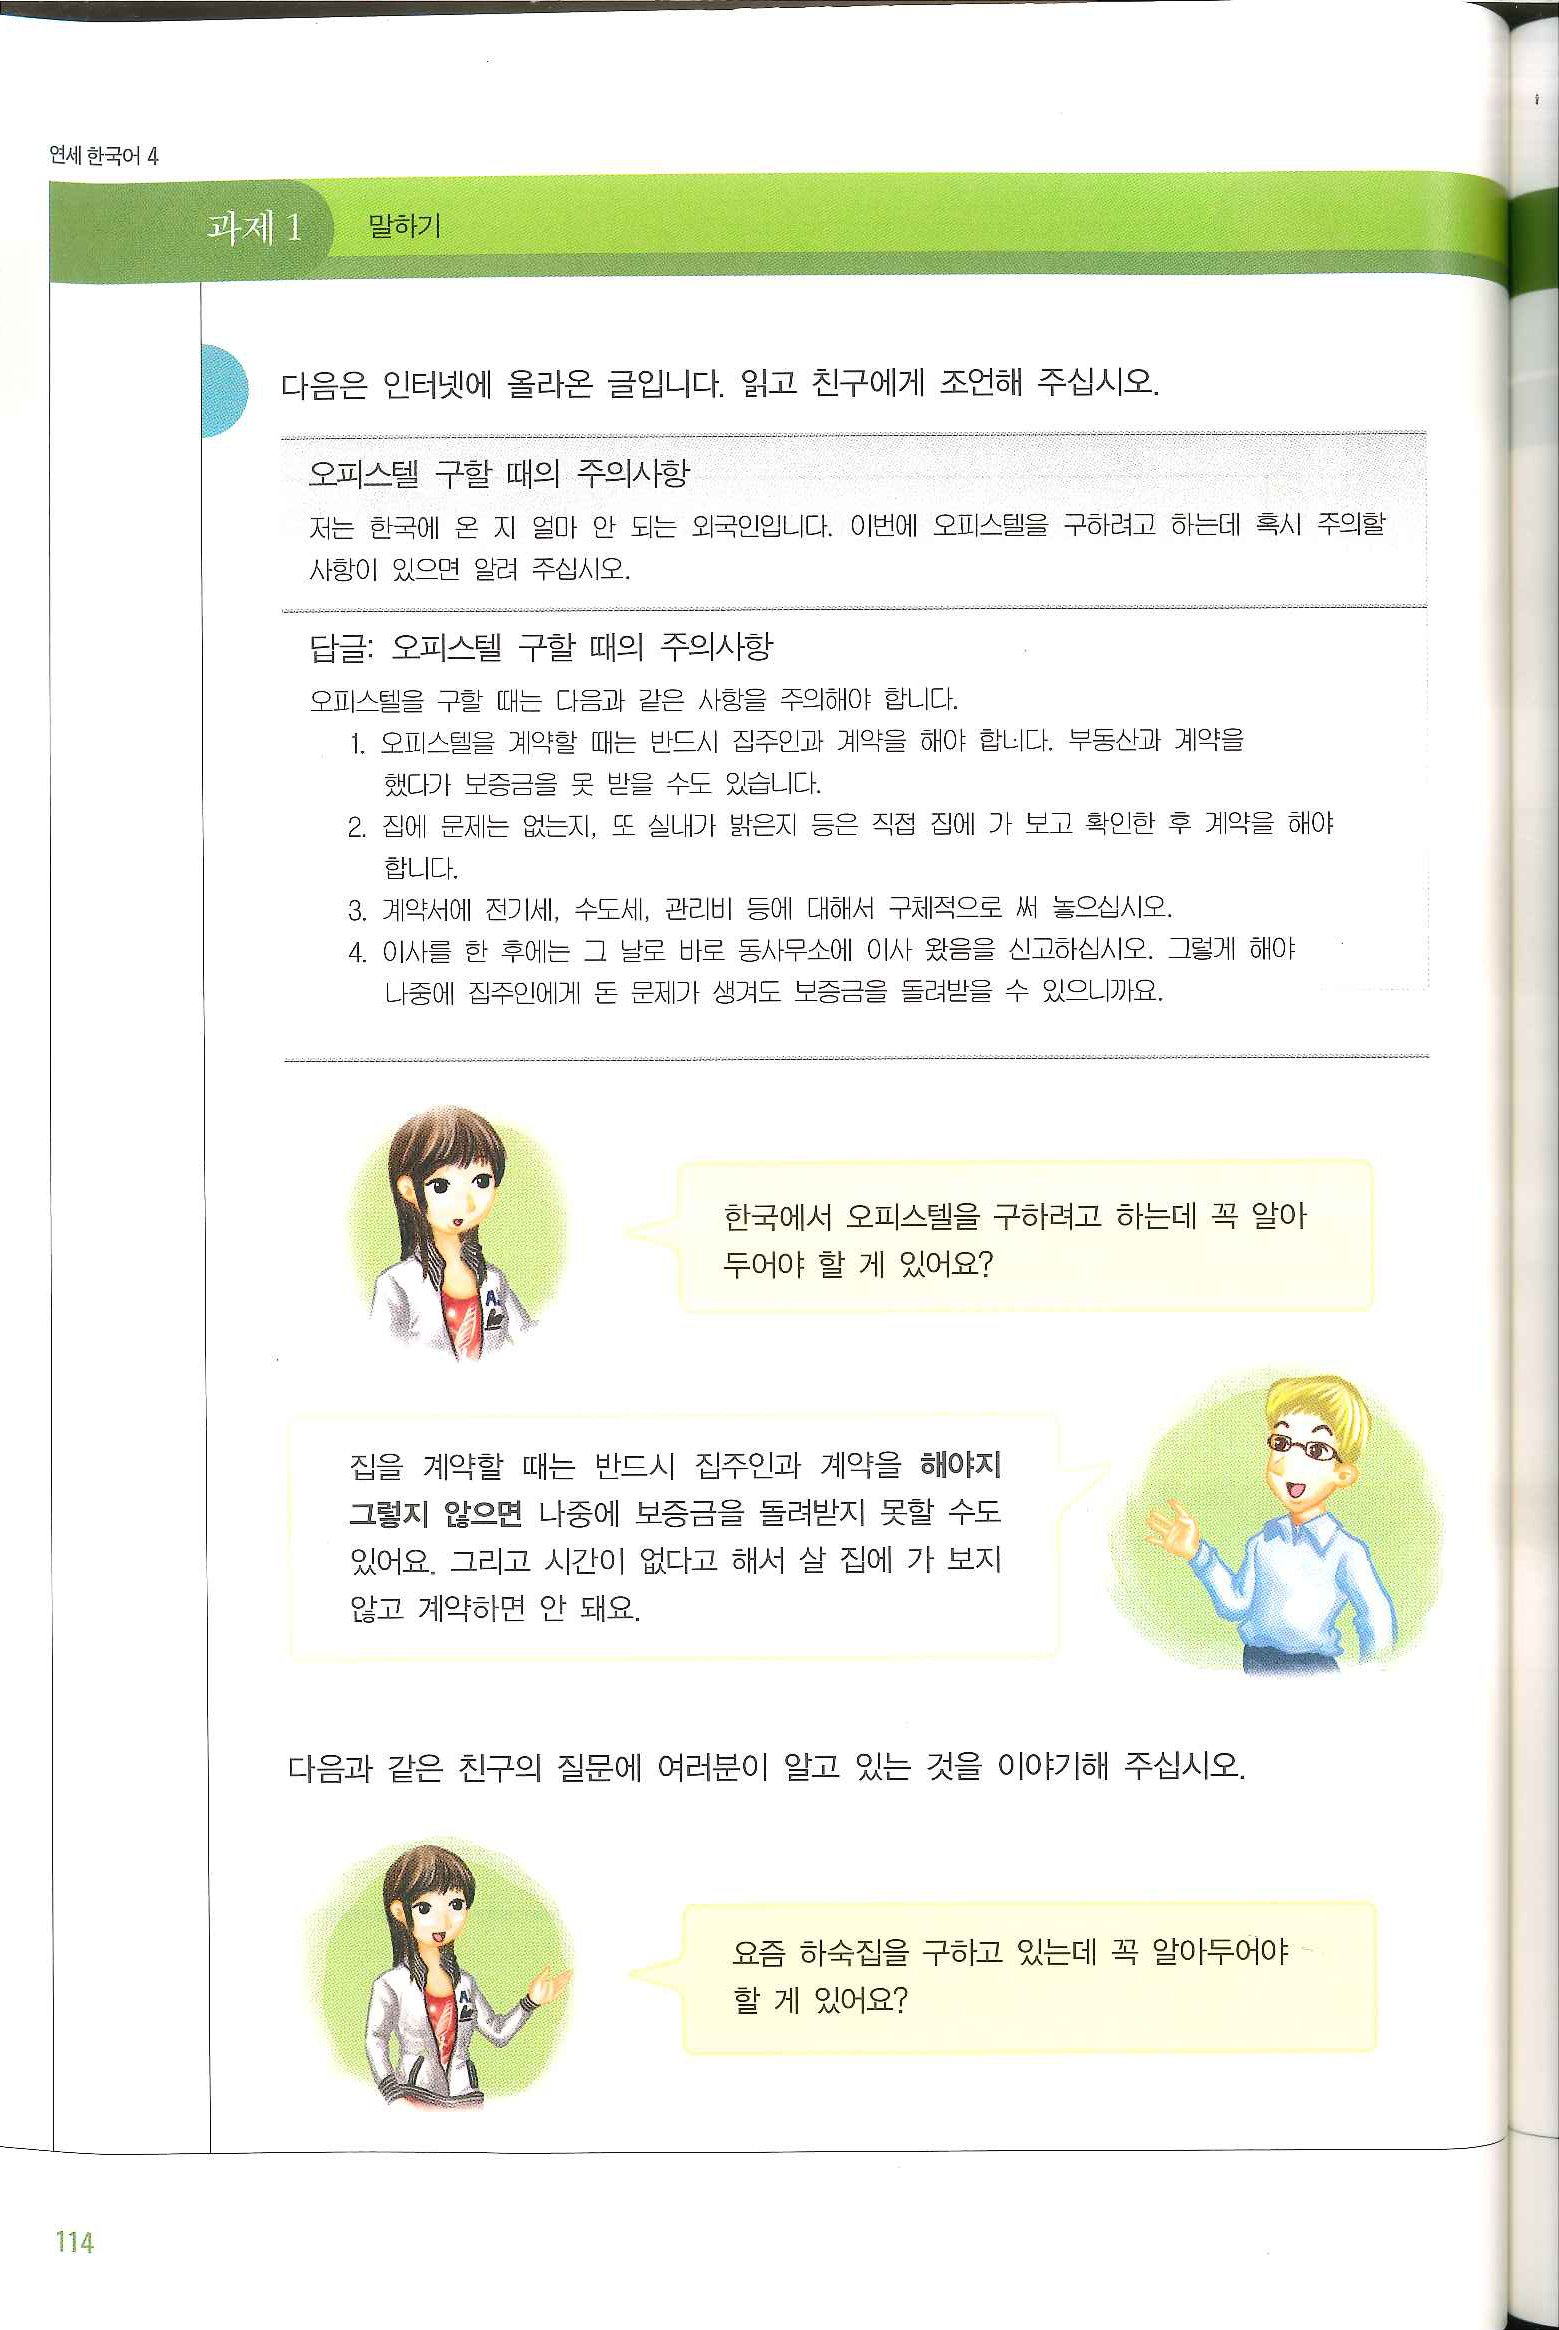
Language: ko